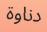
دناوة